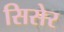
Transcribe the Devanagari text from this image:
सिसेर